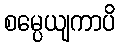
စမ္ပေယျကာပိ